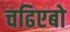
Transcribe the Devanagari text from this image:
चढिएबो